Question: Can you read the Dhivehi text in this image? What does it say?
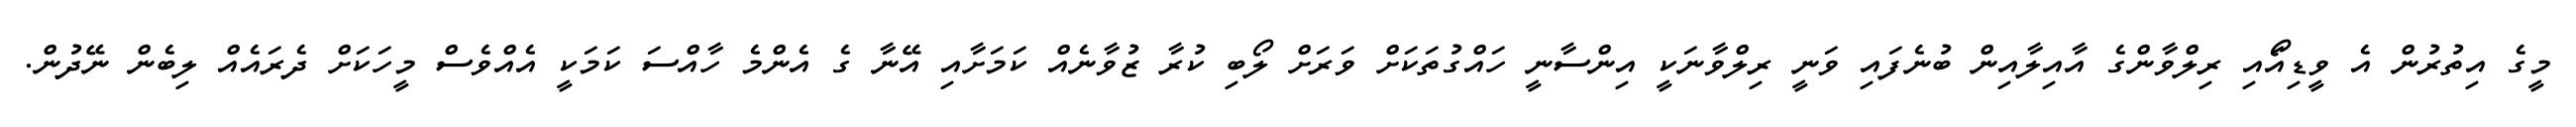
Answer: މީގެ އިތުރުން އެ ވީޑިއޯައި ރިލްވާންގެ އާއިލާއިން ބުނެފައި ވަނީ ރިލްވާނަކީ އިންސާނީ ހައްގުތަކަށް ވަރަށް ލޯބި ކުރާ ޒުވާނެއް ކަމަށާއި އޭނާ ގެ އެންމެ ހާއްސަ ކަމަކީ އެއްވެސް މީހަކަށް ދެރައެއް ލިބެން ނޭދުން.